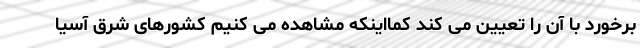
برخورد با آن را تعیین می کند کمااینکه مشاهده می کنیم کشورهای شرق آسیا